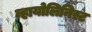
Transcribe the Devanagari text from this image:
व्हायोलिनिस्ट